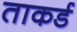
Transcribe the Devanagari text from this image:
ताकर्ड